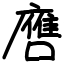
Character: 噟